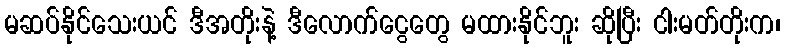
မဆပ်နိုင်သေးယင် ဒီအတိုးနဲ့ ဒီလောက်ငွေတွေ မထားနိုင်ဘူး ဆိုပြီး ငါးမတ်တိုးက၊